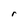
Character: r